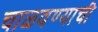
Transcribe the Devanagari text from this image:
चाळवण्याची